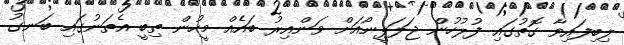
ލިބިފައިވާ ގޮތުގައި ފުލުހުން ޖަލަޕީނޯއަށް ވަންއިރު ބައެއް މީހުން ތިބީ އެތަނުގައި ބަނގު